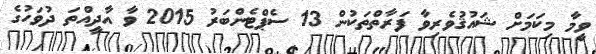
ވީމާ މިކަމަށް ޝައުޤުވެރިވާ ފަރާތްތަކުން 13 ސެޕްޓެންބަރު 2015 ވާ އާދީއްތަ ދުވަހުގެ